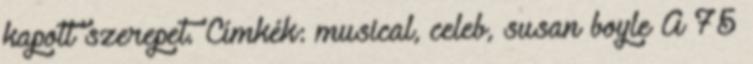
kapott szerepet. Címkék: musical, celeb, susan boyle A 75